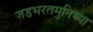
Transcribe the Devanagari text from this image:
जडभरतमुनिच्या